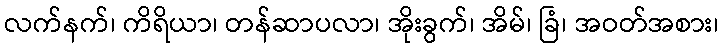
လက်နက်၊ ကိရိယာ၊ တန်ဆာပလာ၊ အိုးခွက်၊ အိမ်၊ ခြံ၊ အဝတ်အစား၊